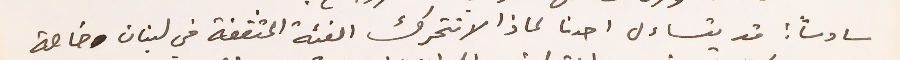
سادساً: قد يتساءل احدنا لماذ لاتتحرك الفئة المثقفة في لبنان خاصة